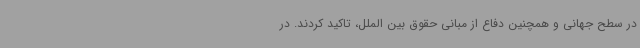
در سطح جهانی و همچنین دفاع از مبانی حقوق بین الملل، تاکید کردند. در